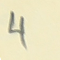
4